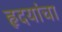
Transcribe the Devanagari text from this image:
हृदयांचा